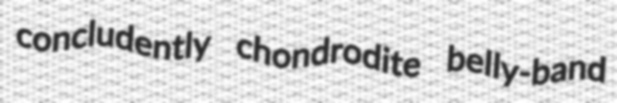
concludently chondrodite belly-band